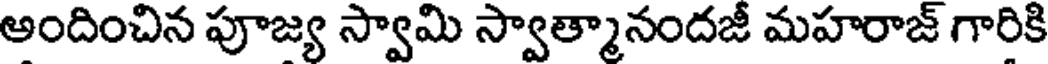
అందించిన పూజ్య స్వామి స్వాత్మానందజీ మహరాజ్ గారికి